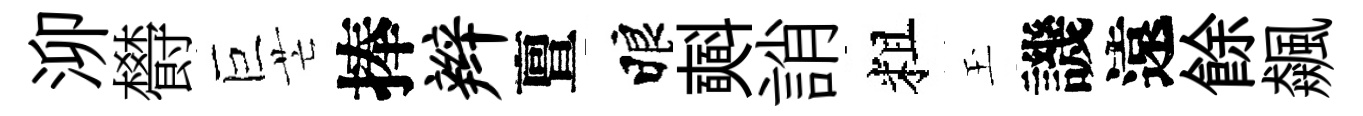
泖欎巨芒捧辫亶睱𣂏誚粗玉譏遠餘飆